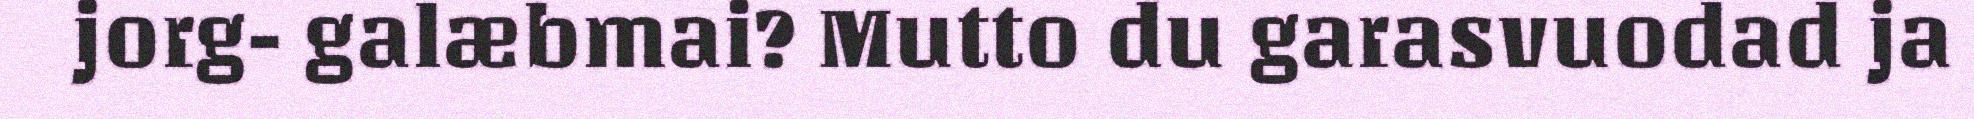
jorg- galæbmai? Mutto du garasvuodad ja